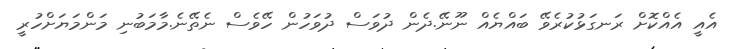
އެއީ އެއްކޮށް ރަނގަޅުކުރެވޭ ބައްޔެއް ނޫނޭ.ދެން ދުވަސް ދުވަހުން ހޭވެސް ނެތޭނެ.މާމަބުނި މަންމަޔަށްހުރީ